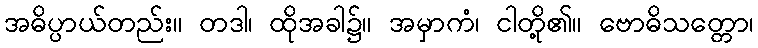
အဓိပ္ပာယ်တည်း။ တဒါ၊ ထိုအခါ၌။ အမှာကံ၊ ငါတို့၏။ ဗောဓိသတ္တော၊